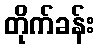
တိုက်ခန်း